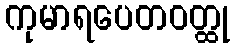
ကုမာရပေတဝတ္ထု